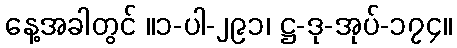
နေ့အခါတွင် ။၁-ပါ-၂၉၁၊ ဋ္ဌ-ဒု-အုပ်-၁၇၄။